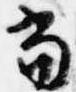
当